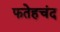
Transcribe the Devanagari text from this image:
फतेहचंद